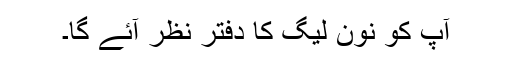
آپ کو نون لیگ کا دفتر نظر آئے گا۔